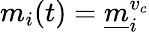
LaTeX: m_{i}(t)=\underline{m}_{i}^{v_{c}}